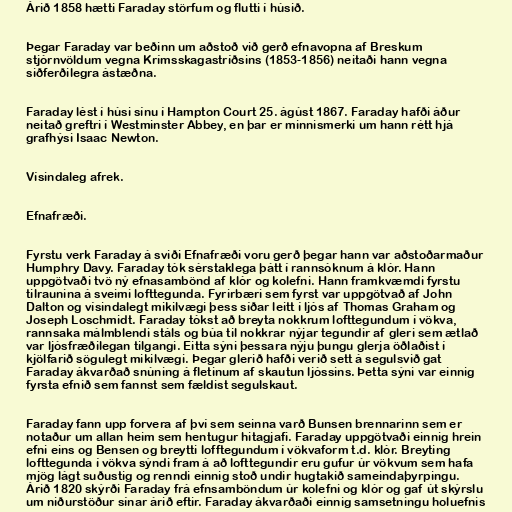
Árið 1858 hætti Faraday störfum og flutti í húsið.

Þegar Faraday var beðinn um aðstoð við gerð efnavopna af Breskum
stjórnvöldum vegna Krímsskagastríðsins (1853-1856) neitaði hann vegna
siðferðilegra ástæðna.

Faraday lést í húsi sínu í Hampton Court 25. ágúst 1867. Faraday hafði áður
neitað greftri í Westminster Abbey, en þar er minnismerki um hann rétt hjá
grafhýsi Isaac Newton.

Vísindaleg afrek.

Efnafræði.

Fyrstu verk Faraday á sviði Efnafræði voru gerð þegar hann var aðstoðarmaður
Humphry Davy. Faraday tók sérstaklega þátt í rannsóknum á klór. Hann
uppgötvaði tvö ný efnasambönd af klór og kolefni. Hann framkvæmdi fyrstu
tilraunina á sveimi lofttegunda. Fyrirbæri sem fyrst var uppgötvað af John
Dalton og vísindalegt mikilvægi þess síðar leitt í ljós af Thomas Graham og
Joseph Loschmidt. Faraday tókst að breyta nokkrum lofttegundum í vökva,
rannsaka málmblendi stáls og búa til nokkrar nýjar tegundir af gleri sem ætlað
var ljósfræðilegan tilgangi. Eitta sýni þessara nýju þungu glerja öðlaðist í
kjölfarið sögulegt mikilvægi. Þegar glerið hafði verið sett á segulsvið gat
Faraday ákvarðað snúning á fletinum af skautun ljóssins. Þetta sýni var einnig
fyrsta efnið sem fannst sem fældist segulskaut.

Faraday fann upp forvera af því sem seinna varð Bunsen brennarinn sem er
notaður um allan heim sem hentugur hitagjafi. Faraday uppgötvaði einnig hrein
efni eins og Bensen og breytti lofftegundum í vökvaform t.d. klór. Breyting
lofttegunda í vökva sýndi fram á að lofttegundir eru gufur úr vökvum sem hafa
mjög lágt suðustig og renndi einnig stoð undir hugtakið sameindaþyrpingu.
Árið 1820 skýrði Faraday frá efnsamböndum úr kolefni og klór og gaf út skýrslu
um niðurstöður sínar árið eftir. Faraday ákvarðaði einnig samsetningu holuefnis